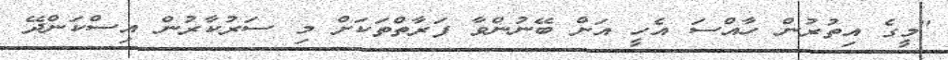
"މީގެ އިތުރުން ހާއްސަ އެހީ އަށް ބޭނުންވާ ފަރާތްތަކަށް މި ސަރުކާރުން އިސްކަންދޭ